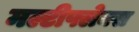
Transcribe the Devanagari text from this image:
मल्टीफ्लेक्स